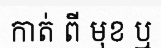
កាត់ ពី មុខ ឬ